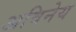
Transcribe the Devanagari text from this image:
अविनेय